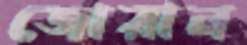
জোরান